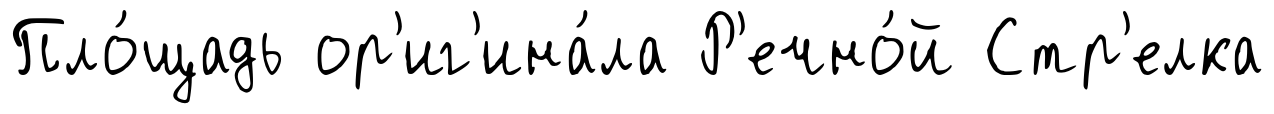
Пло́щадь ор'иг'ина́ла Р'ечно́й Стр'елка